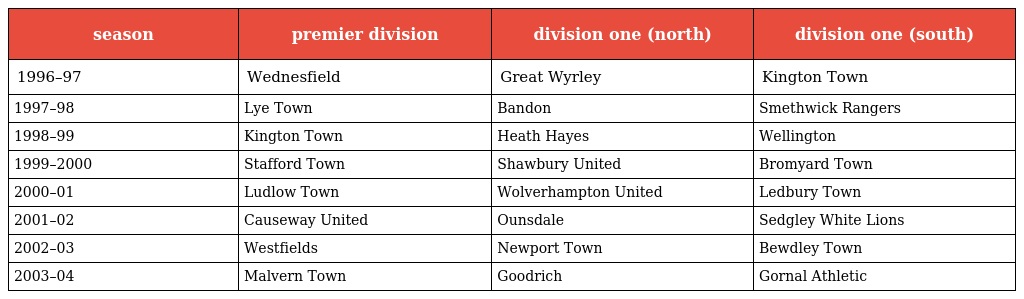
| season | premier division | division one (north) | division one (south) |
 | --- | --- | --- | --- |
 | 1996–97 | Wednesfield | Great Wyrley | Kington Town |
 | 1997–98 | Lye Town | Bandon | Smethwick Rangers |
 | 1998–99 | Kington Town | Heath Hayes | Wellington |
 | 1999–2000 | Stafford Town | Shawbury United | Bromyard Town |
 | 2000–01 | Ludlow Town | Wolverhampton United | Ledbury Town |
 | 2001–02 | Causeway United | Ounsdale | Sedgley White Lions |
 | 2002–03 | Westfields | Newport Town | Bewdley Town |
 | 2003–04 | Malvern Town | Goodrich | Gornal Athletic |